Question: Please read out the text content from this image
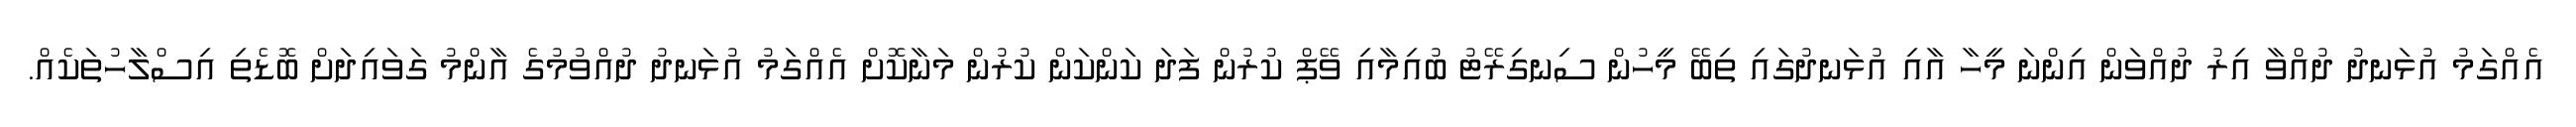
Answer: އެއްގަމު އުޅަނދު ދުއްވާ އިރު ދުއްވަން އިންނަ މީހާ އާއި އުޅަނދުގައި ތިބޭ މީހުން ސިނގިރޭޓު ބުއިމާއި ވޭޕް ކުރުން ފަދަ ކަންކަން ކުރުން މަނާކޮށް އެއްގަމު އުޅަނދު ދުއްވުމުގެ އާންމު ގަވައިދަށް ބޮޑެތި އިސްލާހުތަކެއް.